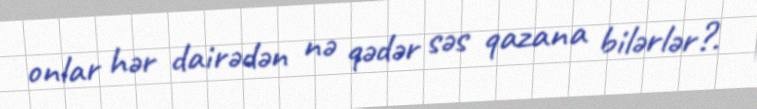
onlar hər dairədən nə qədər səs qazana bilərlər?.